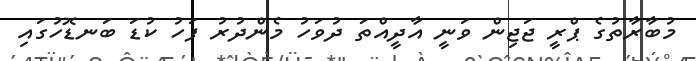
މުބާރާތުގެ ޕްރީ ޖަޖިން ވަނީ އާދީއްތަ ދުވަހު މެންދުރު ފަހު ކުޑަ ބަނޑޮހުގައި